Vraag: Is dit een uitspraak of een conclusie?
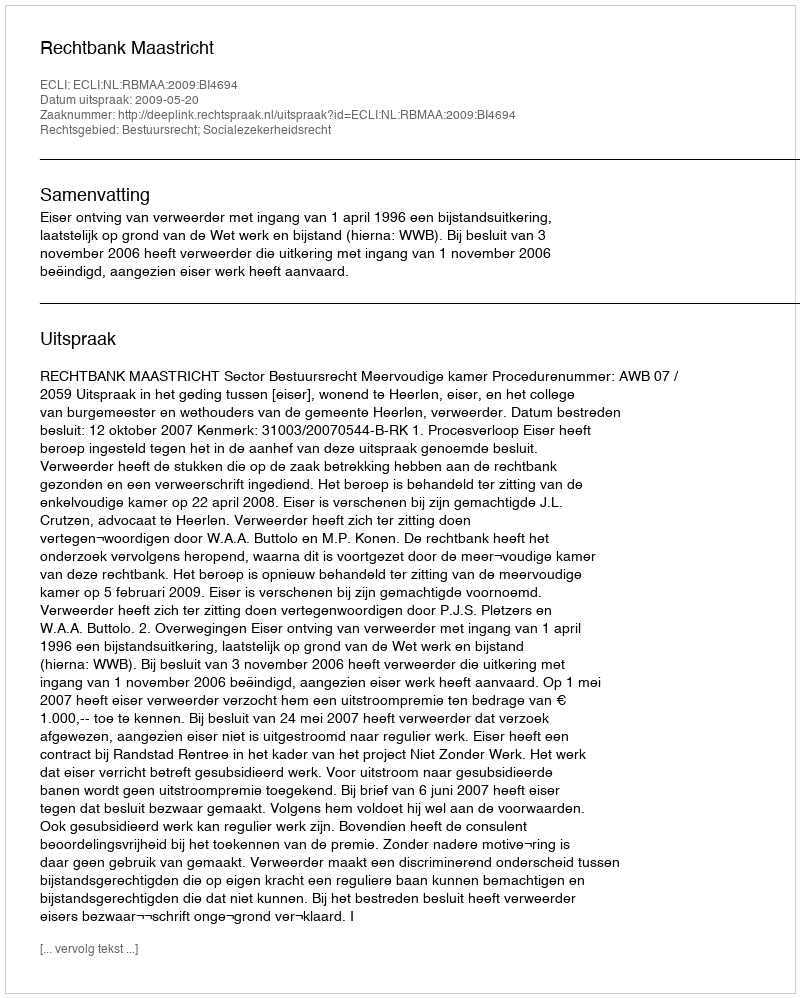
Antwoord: Uitspraak